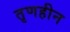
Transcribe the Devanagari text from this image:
तृणहीन